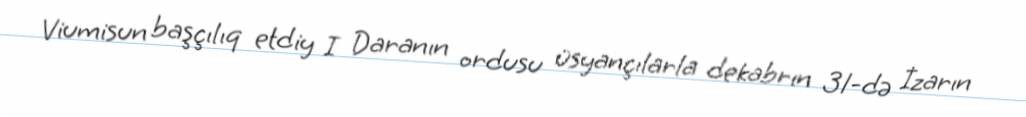
Viumisun başçılıq etdiy I Daranın ordusu üsyançılarla dekabrın 31-də İzarın